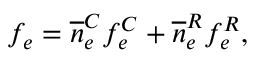
f _ { e } = \overline { n } _ { e } ^ { C } f _ { e } ^ { C } + \overline { n } _ { e } ^ { R } f _ { e } ^ { R } ,